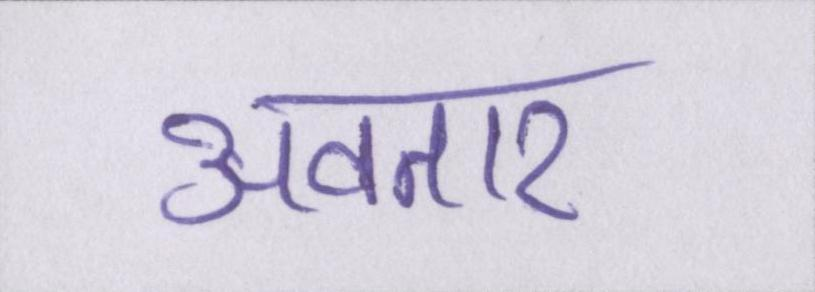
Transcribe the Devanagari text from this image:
अवतार